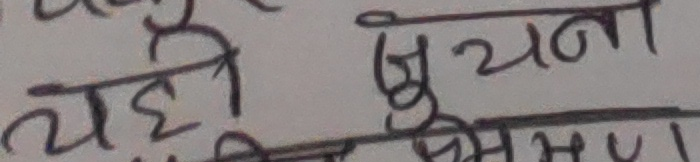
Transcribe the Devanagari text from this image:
यही सुचना